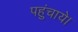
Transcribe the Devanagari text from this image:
पहुंचाये।